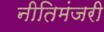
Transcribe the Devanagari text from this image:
नीतिमंजरी